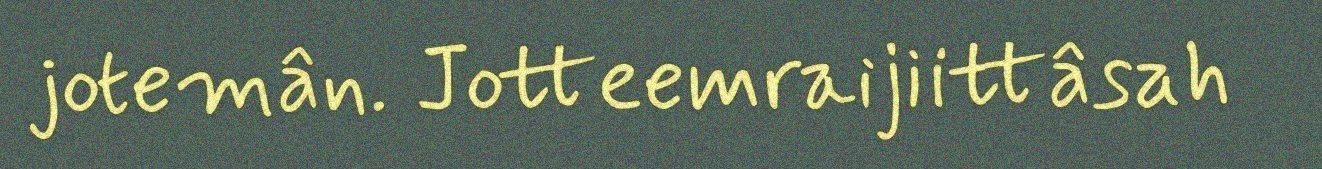
jotemân. Jotteemraijiittâsah